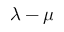
\lambda - \mu